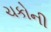
ચકોની